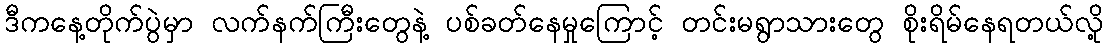
ဒီကနေ့တိုက်ပွဲမှာ လက်နက်ကြီးတွေနဲ့ ပစ်ခတ်နေမှုကြောင့် တင်းမရွာသားတွေ စိုးရိမ်နေရတယ်လို့